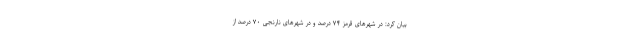
بیان کرد: در شهر‌های قرمز ۷۴ درصد و در شهر‌های نارنجی ۷۰ درصد از